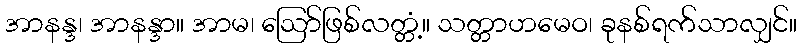
အာနန္ဒ၊ အာနန္ဒာ။ အာမ၊ ဩော်ဖြစ်လတ္တံ့။ သတ္တာဟမေဝ၊ ခုနစ်ရက်သာလျှင်။